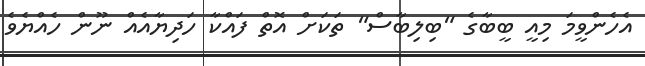
އެހެންވީމަ މިއީ ބީބާގެ "ބިލިބާސް" ތަކަށް އޮތް ފައްކާ ހަދިޔާއެއް ނޫން ހެއްޔެވެ